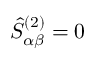
\hat { S } _ { \alpha \beta } ^ { ( 2 ) } = 0